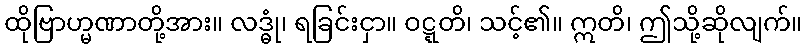
ထိုဗြာဟ္မဏာတို့အား။ လဒ္ဓုံ၊ ရခြင်းငှာ။ ဝဋ္ဋတိ၊ သင့်၏။ ဣတိ၊ ဤသို့ဆိုလျက်။